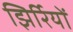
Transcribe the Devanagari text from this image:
झिर्रियों